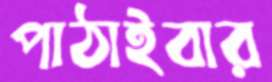
পাঠাইবার